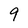
Character: 9